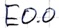
Text: E0.0